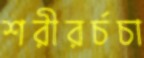
শরীরর্চচা